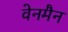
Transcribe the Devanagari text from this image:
वेनमैन